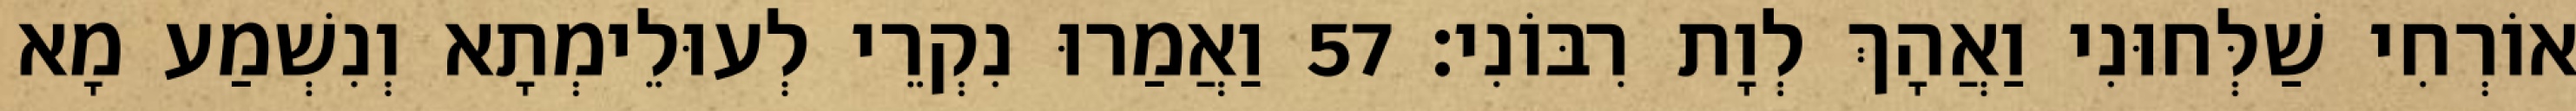
אוֹרְחִי שַׁלְּחוּנִי וַאֲהָךְ לְוָת רִבּוֹנִי׃ 57 וַאֲמַרוּ נִקְרֵי לְעוּלֵימְתָא וְנִשְׁמַע מָא